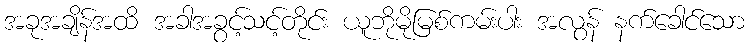
အခုအချိန်အထိ အခါအခွင့်သင့်တိုင်း ယူဘိုမိုမြစ်ကမ်းပါး အလွန် နက်ခေါင်သော